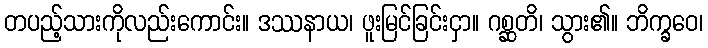
တပည့်သားကိုလည်းကောင်း။ ဒဿနာယ၊ ဖူးမြင်ခြင်းငှာ။ ဂစ္ဆတိ၊ သွား၏။ ဘိက္ခဝေ၊